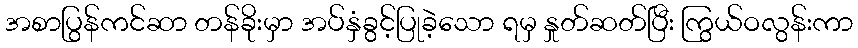
အစာပြွန်ကင်ဆာ တန်ခိုးမှာ အပ်နှံခွင့်ပြုခဲ့သော ရမှ နှုတ်ဆတ်ပြီး ကြွယ်ဝလွန်းကာ